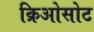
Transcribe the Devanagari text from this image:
क्रिओसोट